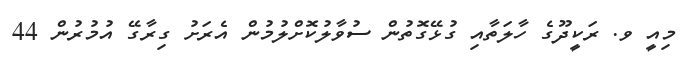
މިއީ ވ. ރަކީދޫގެ ހާލަތާއި ގުޅޭގޮތުން ސުވާލުކޮށްލުމުން އެރަށު ގިރާގޭ އުމުރުން 44